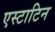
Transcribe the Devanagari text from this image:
एस्टाटिन